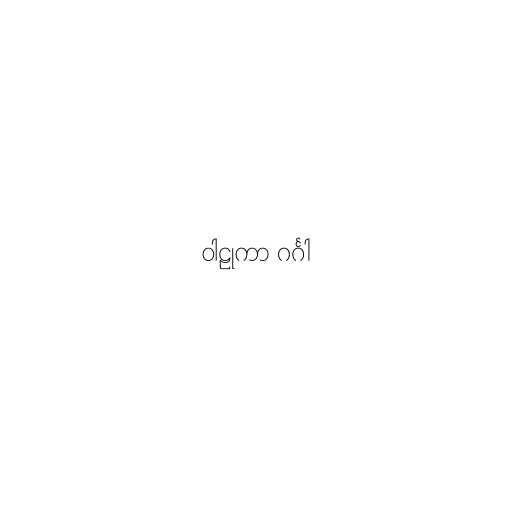
ဝါဠုကာ ဂင်္ဂါ